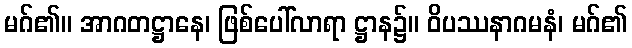
မဂ်၏။ အာဂတဋ္ဌာနေ၊ ဖြစ်ပေါ်လာရာ ဋ္ဌာန၌။ ဝိပဿနာဂမနံ၊ မဂ်၏